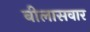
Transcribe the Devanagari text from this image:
बीलासवार